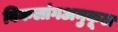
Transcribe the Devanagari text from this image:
विकलांगअनुकूल